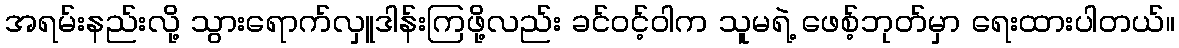
အရမ်းနည်းလို့ သွားရောက်လှူဒါန်းကြဖို့လည်း ခင်ဝင့်ဝါက သူမရဲ့ ဖေစ့်ဘုတ်မှာ ရေးထားပါတယ်။